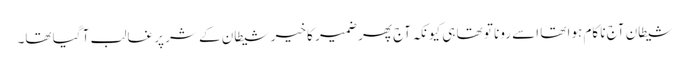
شیطان آج نا کام ہوا تھا اسے رونا تو تھا ہی کیونکہ آج پھر ضمیر کا خیر شیطان کے شر پر غالب آ گیا تھا۔